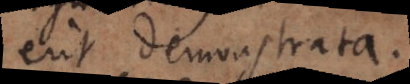
erit demonstrata.